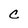
Character: C